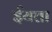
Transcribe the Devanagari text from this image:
ईयत्ता